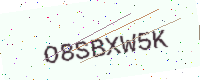
Text: O8SBXW5K